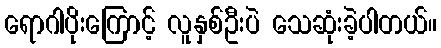
ရောဂါပိုးကြောင့် လူနှစ်ဦးပဲ သေဆုံးခဲ့ပါတယ်။